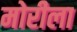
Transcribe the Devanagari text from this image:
मोरीला